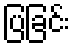
ပြခြင်း